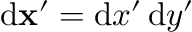
\mathrm { d } \mathbf { x } ^ { \prime } = \mathrm { d } x ^ { \prime } \, \mathrm { d } y ^ { \prime }